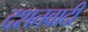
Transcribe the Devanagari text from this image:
दशतवादी